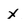
Character: X